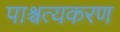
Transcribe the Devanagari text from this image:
पाश्चत्यकरण